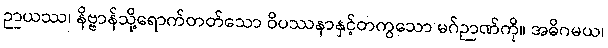
ဉာယဿ၊ နိဗ္ဗာန်သို့ရောက်တတ်သော ဝိပဿနာနှင့်တကွသော မဂ်ဉာဏ်ကို။ အဓိဂမယ၊